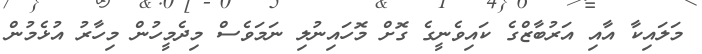
މަލައިކާ އާއި އަރުބާޒްގެ ކައިވެނީގެ ގޮށް މޮހައިނުލި ނަމަވެސް މިދެމީހުން މިހާރު އުޅެމުން